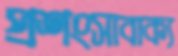
প্রশংসাবাক্য